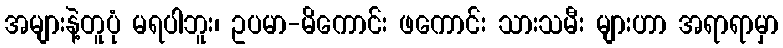
အများနဲ့တူပုံ မရပါဘူး၊ ဥပမာ-မိကောင်း ဖကောင်း သားသမီး များဟာ အရာရာမှာ